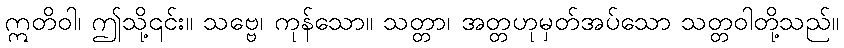
ဣတိဝါ၊ ဤသို့၎င်း။ သဗ္ဗေ၊ ကုန်သော။ သတ္တာ၊ အတ္တဟုမှတ်အပ်သော သတ္တဝါတို့သည်။